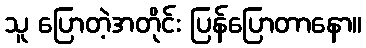
သူ ပြောတဲ့အတိုင်း ပြန်ပြောတာနော။